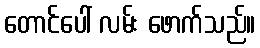
တောင်ပေါ် လမ်း ဖောက်သည်။